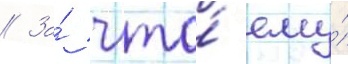
// За́ что́ ему́